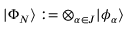
\vert \Phi _ { N } \rangle : = \otimes _ { \alpha \in J } \vert \phi _ { \alpha } \rangle